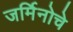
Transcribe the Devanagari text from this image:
जर्मिनोचे